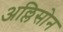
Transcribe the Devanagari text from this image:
अल्लिसोन